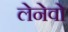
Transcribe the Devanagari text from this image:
लेनेवो